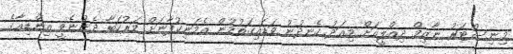
މިނިސްޓަރު ނާޒިމް ދިއްލީއަށް މިއަދު ހެނދުނު ވަޑައިގަތުމުން އެމަނިކުފާނަށް މަރުހަބާ ދެންނެވީ އިންޑިއާގެ